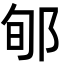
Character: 郇